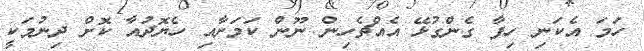
ހަމަ އެކަނި ހިފާ ގެންގުޅޭ އެއްޗެހިން ނޫން ކަމަށާއި ހެޔޮދުއާ ކޮށް ދިނުމަކީ